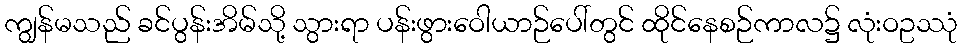
ကျွန်မသည် ခင်ပွန်းအိမ်သို့ သွားရာ ပန်းဖွားဝေါယာဉ်ပေါ်တွင် ထိုင်နေစဉ်ကာလ၌ လုံးဝဥဿုံ